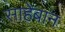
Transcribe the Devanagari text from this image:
साहेबान